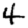
Digit: 4